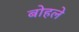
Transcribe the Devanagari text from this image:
बोहले